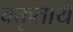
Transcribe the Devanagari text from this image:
वक्तृतायें